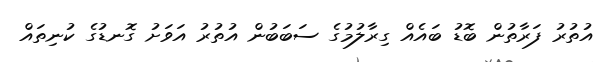
އުތުރު ފަރާތުން ބޮޑު ބައެއް ގިރާލުމުގެ ސަބަބުން އުތުރު އަވަށު ގޮނޑުގެ ކުނިތައް